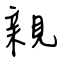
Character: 親